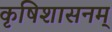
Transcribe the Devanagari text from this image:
कृषिशासनम्